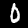
Digit: 0